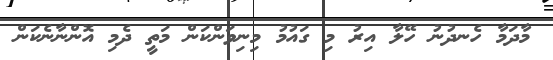
މާދަމާ ހެނދުނު ހޭލާ އިރު މި ގައުމު މިނިވަންކަން މަތީ ދެމި އޮންނާނެކަން